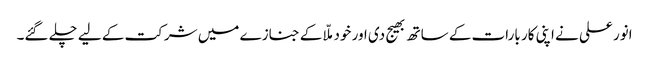
انور علی نے اپنی کار بارات کے ساتھ بھیج دی اور خود ملّا کے جنازے میں شرکت کے لیے چلے گئے۔